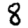
Digit: 8